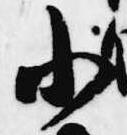
小